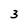
Character: 3